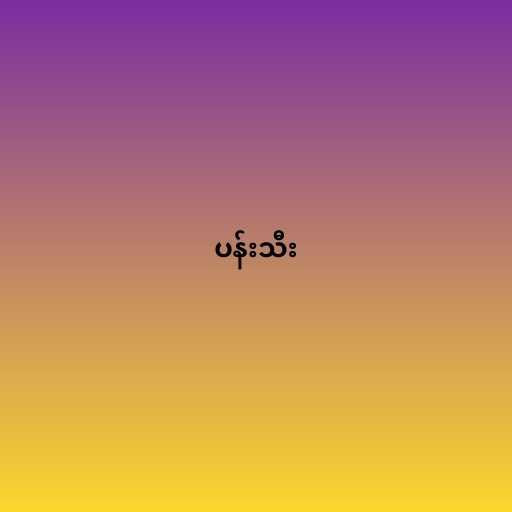
ပန်းသီး